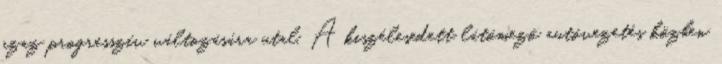
azaz progresszív változására utal. A kiszélesedett látómező autóvezetés közben